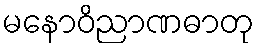
မနောဝိညာဏဓာတု